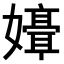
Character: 𫲒